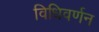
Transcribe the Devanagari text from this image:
विधिवर्णन